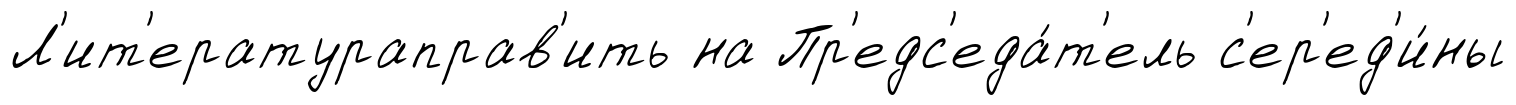
Л'ит'ератураправ'ить на Пр'едс'еда́т'ель с'ер'ед'и́ны